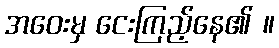
အဝေးမှ ငေးကြည့်နေ၏ ။